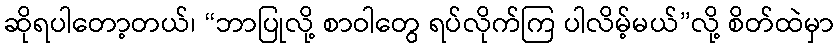
ဆိုရပါတော့တယ်၊ “ဘာပြုလို့ စာဝါတွေ ရပ်လိုက်ကြ ပါလိမ့်မယ်”လို့ စိတ်ထဲမှာ